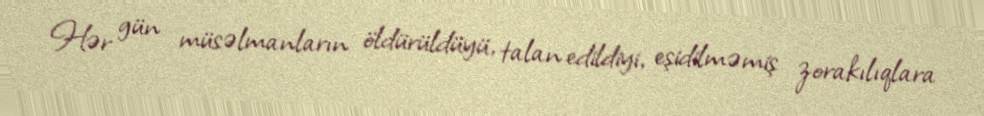
Hər gün müsəlmanların öldürüldüyü, talan edildiyi, eşidilməmiş zorakılıqlara